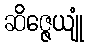
ဆိဇ္ဇေယျုံ